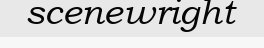
scenewright